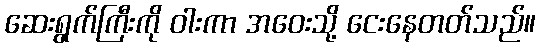
ဆေးရွက်ကြီးကို ဝါးကာ အဝေးသို့ ငေးနေတတ်သည်။